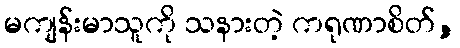
မကျန်းမာသူကို သနားတဲ့ ကရုဏာစိတ်,